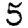
Digit: 5